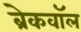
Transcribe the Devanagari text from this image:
ब्रेकवॉल